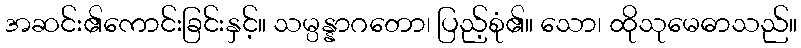
အဆင်း၏ကောင်းခြင်းနှင့်။ သမ္ပန္နာဂတော၊ ပြည့်စုံ၏။ သော၊ ထိုသုမေဓာသည်။